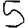
Digit: 5